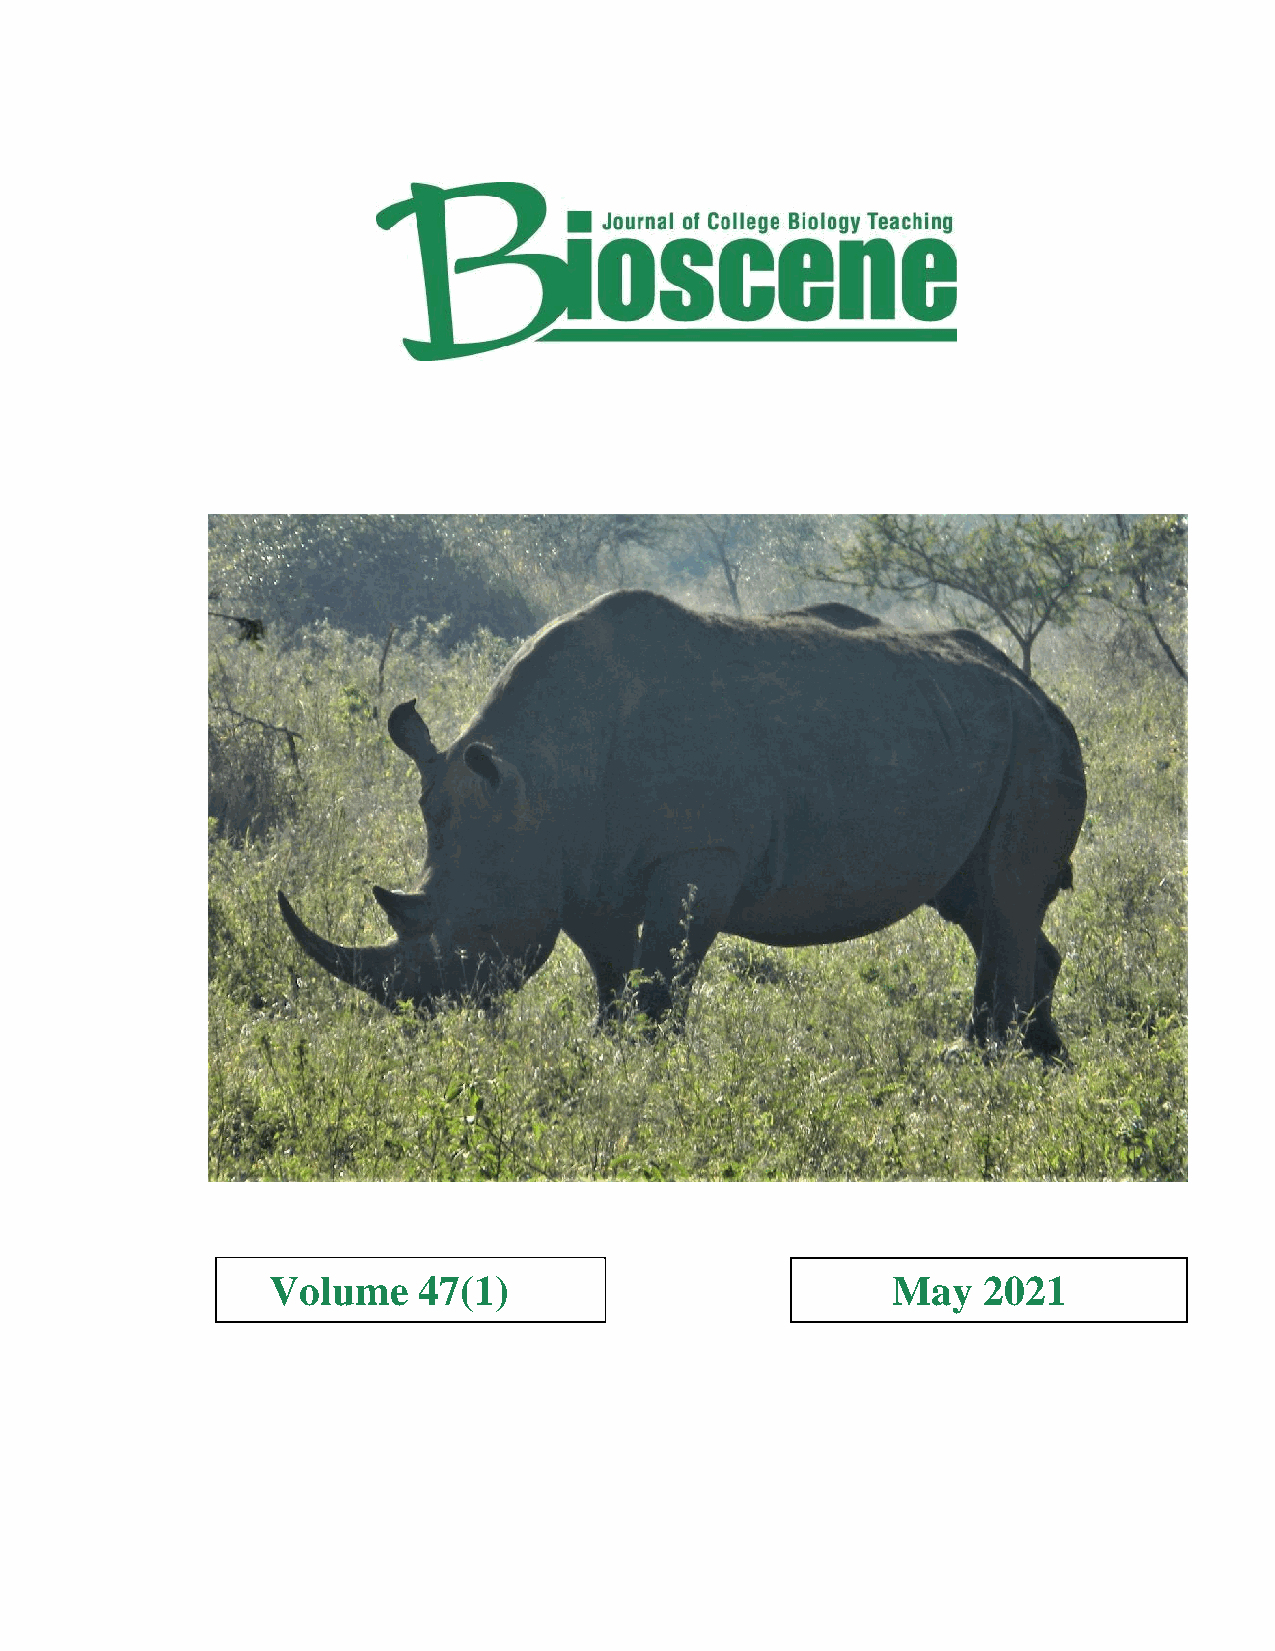
Volume    47(1)                          May   2021